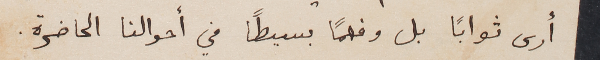
أرى ثواباً بل وفهماً بسيطاً في أحوالنا الحاضرة.